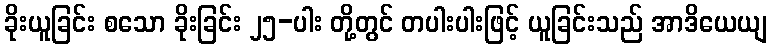
ခိုးယူခြင်း စသော ခိုးခြင်း ၂၅-ပါး တို့တွင် တပါးပါးဖြင့် ယူခြင်းသည် အာဒိယေယျ